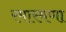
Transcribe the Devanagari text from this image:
रमारमणा